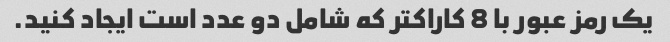
یک رمز عبور با 8 کاراکتر که شامل دو عدد است ایجاد کنید.